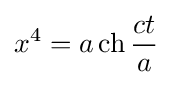
x^{4}=a\operatorname {ch} {\frac {ct}{a}}